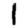
Digit: 1